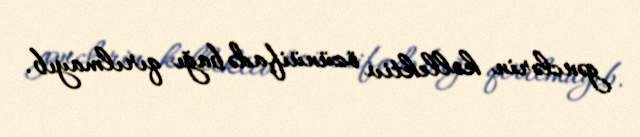
gənclərin kollektiv özünüifadə bağı qırılmayıb.